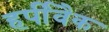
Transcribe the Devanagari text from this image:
हर्पीवैक